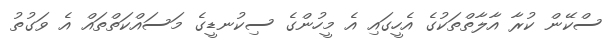
ސްކޭން ކުރާ އާލާތްތަކުގެ އެހީގައި އެ މީހުންގެ ސިކުނޑީގެ މަސައްކަތްތައް އެ ވަގުތު